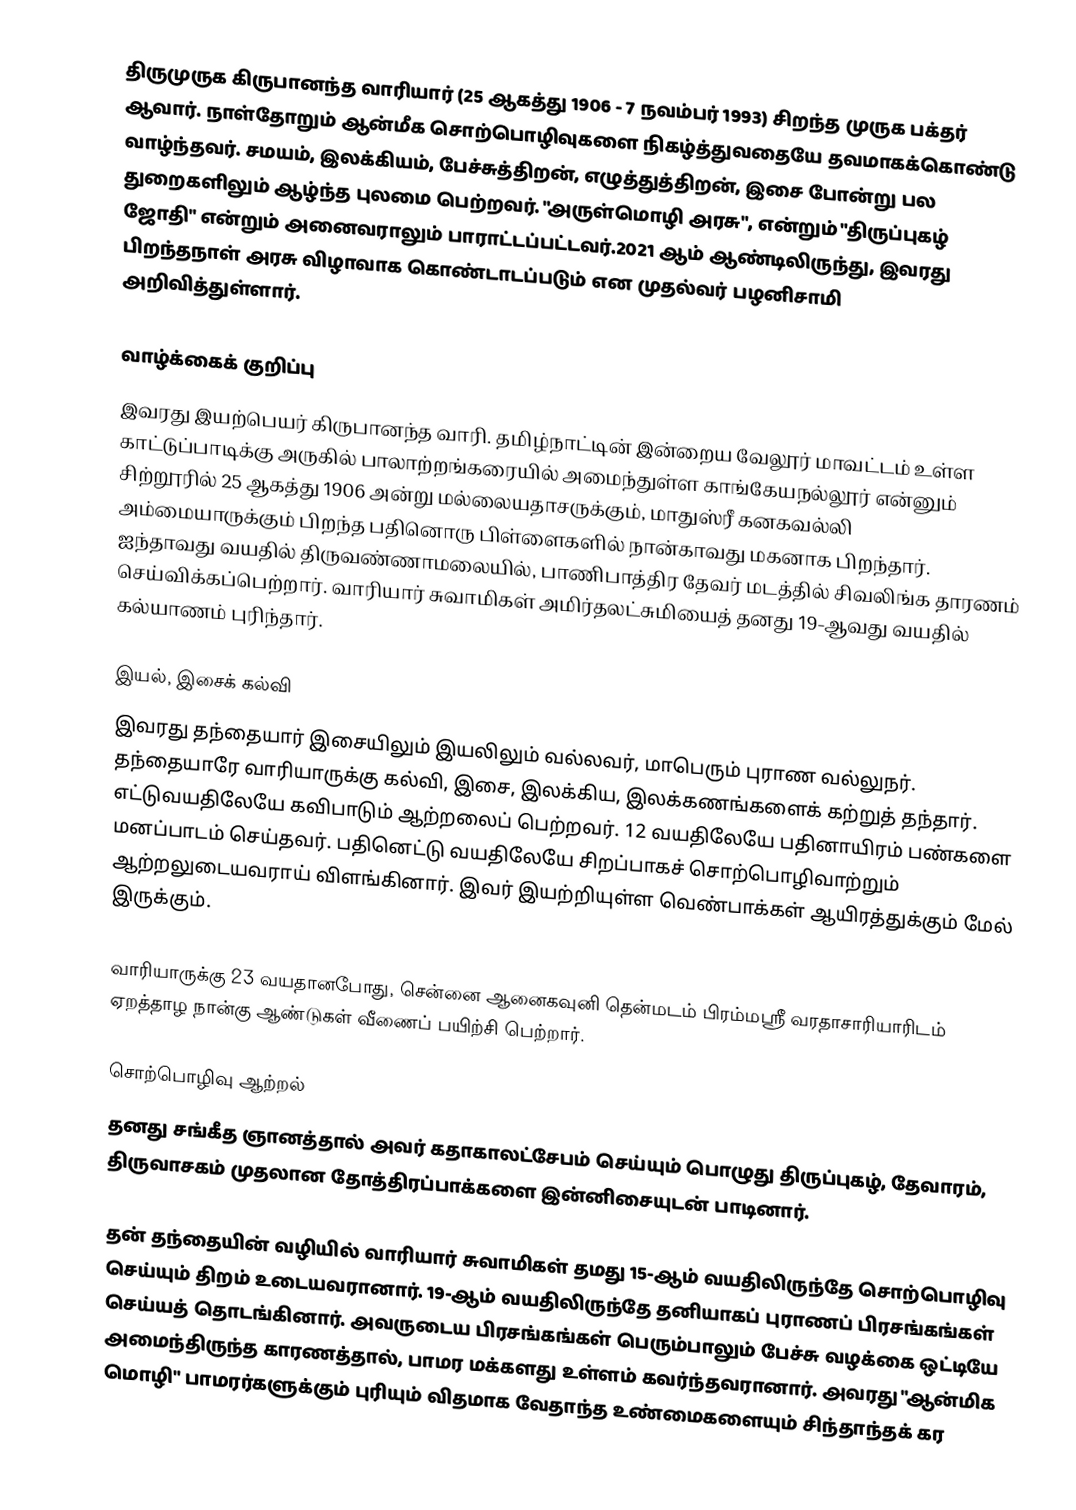
திருமுருக கிருபானந்த வாரியார் (25 ஆகத்து 1906 - 7 நவம்பர் 1993) சிறந்த முருக பக்தர் ஆவார். நாள்தோறும் ஆன்மீக சொற்பொழிவுகளை நிகழ்த்துவதையே தவமாகக்கொண்டு வாழ்ந்தவர். சமயம், இலக்கியம், பேச்சுத்திறன், எழுத்துத்திறன், இசை போன்று பல துறைகளிலும் ஆழ்ந்த புலமை பெற்றவர். "அருள்மொழி அரசு", என்றும் "திருப்புகழ் ஜோதி" என்றும் அனைவராலும் பாராட்டப்பட்டவர்.2021 ஆம் ஆண்டிலிருந்து, இவரது பிறந்தநாள் அரசு விழாவாக   கொண்டாடப்படும் என முதல்வர் பழனிசாமி அறிவித்துள்ளார்.

வாழ்க்கைக் குறிப்பு
இவரது இயற்பெயர் கிருபானந்த வாரி. தமிழ்நாட்டின் இன்றைய வேலூர் மாவட்டம் உள்ள காட்டுப்பாடிக்கு அருகில் பாலாற்றங்கரையில் அமைந்துள்ள காங்கேயநல்லூர் என்னும் சிற்றூரில் 25 ஆகத்து 1906 அன்று மல்லையதாசருக்கும், மாதுஸ்ரீ கனகவல்லி அம்மையாருக்கும் பிறந்த பதினொரு பிள்ளைகளில் நான்காவது மகனாக பிறந்தார். ஐந்தாவது வயதில் திருவண்ணாமலையில், பாணிபாத்திர தேவர் மடத்தில் சிவலிங்க தாரணம் செய்விக்கப்பெற்றார். வாரியார் சுவாமிகள்  அமிர்தலட்சுமியைத் தனது 19-ஆவது வயதில் கல்யாணம் புரிந்தார்.

இயல், இசைக் கல்வி
இவரது தந்தையார் இசையிலும் இயலிலும் வல்லவர், மாபெரும் புராண வல்லுநர். தந்தையாரே வாரியாருக்கு கல்வி, இசை, இலக்கிய, இலக்கணங்களைக் கற்றுத் தந்தார். எட்டுவயதிலேயே கவிபாடும் ஆற்றலைப் பெற்றவர். 12 வயதிலேயே பதினாயிரம் பண்களை மனப்பாடம் செய்தவர். பதினெட்டு வயதிலேயே சிறப்பாகச் சொற்பொழிவாற்றும் ஆற்றலுடையவராய் விளங்கினார். இவர் இயற்றியுள்ள வெண்பாக்கள் ஆயிரத்துக்கும் மேல் இருக்கும்.

வாரியாருக்கு 23 வயதானபோது, சென்னை ஆனைகவுனி தென்மடம் பிரம்மஸ்ரீ வரதாசாரியாரிடம் ஏறத்தாழ நான்கு ஆண்டுகள் வீணைப் பயிற்சி பெற்றார்.

சொற்பொழிவு ஆற்றல்
தனது சங்கீத ஞானத்தால் அவர் கதாகாலட்சேபம் செய்யும் பொழுது திருப்புகழ், தேவாரம், திருவாசகம் முதலான தோத்திரப்பாக்களை இன்னிசையுடன் பாடினார்.

தன் தந்தையின் வழியில் வாரியார் சுவாமிகள் தமது 15-ஆம் வயதிலிருந்தே சொற்பொழிவு செய்யும் திறம் உடையவரானார். 19-ஆம் வயதிலிருந்தே தனியாகப் புராணப் பிரசங்கங்கள் செய்யத் தொடங்கினார். அவருடைய பிரசங்கங்கள் பெரும்பாலும் பேச்சு வழக்கை ஒட்டியே அமைந்திருந்த காரணத்தால், பாமர மக்களது உள்ளம் கவர்ந்தவரானார். அவரது "ஆன்மிக மொழி" பாமரர்களுக்கும் புரியும் விதமாக வேதாந்த உண்மைகளையும் சிந்தாந்தக் கர